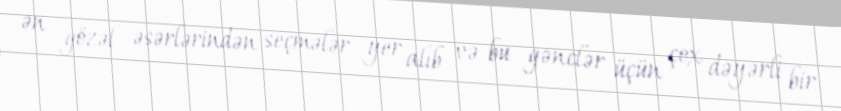
ən gözəl əsərlərindən seçmələr yer alıb və bu gənclər üçün çox dəyərli bir